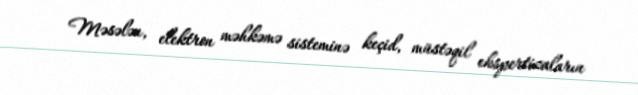
Məsələn, elektron məhkəmə sisteminə keçid, müstəqil ekspertizaların